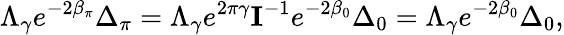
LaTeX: \Lambda_{\gamma}e^{-2\beta_{\pi}}\Delta_{\pi}=\Lambda_{\gamma}e^{2\pi\gamma}\textit{\textbf{I}}^{-1}e^{-2\beta_{0}}\Delta_{0}=\Lambda_{\gamma}e^{-2\beta_{0}}\Delta_{0},